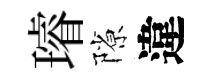
璿隙違